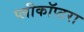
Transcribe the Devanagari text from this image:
प्लीकॉप्टरा